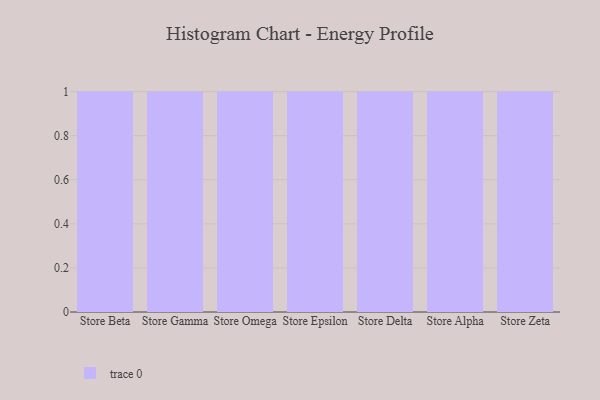
{"axis": {"x": "Store", "y": "Budget (USD K)"}, "legend": [""], "data": [{"x": "Store Beta", "y": 62, "type": ""}, {"x": "Store Gamma", "y": 72, "type": ""}, {"x": "Store Omega", "y": 84, "type": ""}, {"x": "Store Epsilon", "y": 17, "type": ""}, {"x": "Store Delta", "y": 91, "type": ""}, {"x": "Store Alpha", "y": 42, "type": ""}, {"x": "Store Zeta", "y": 94, "type": ""}]}